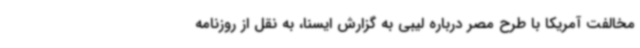
مخالفت آمریکا با طرح مصر درباره لیبی به گزارش ایسنا، به نقل از روزنامه